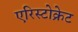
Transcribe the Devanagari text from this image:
एरिस्टोक्रेट